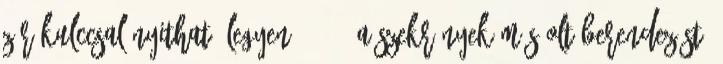
zár kulccsal nyitható legyen. 1.11. A szekrények más oltóberendezést,